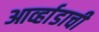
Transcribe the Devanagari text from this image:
आर्व्हाडाची